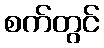
စက်တွင်